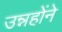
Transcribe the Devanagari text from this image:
उन्नहोंने